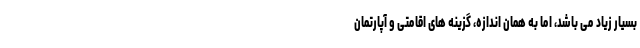
بسیار زیاد می باشد، اما به همان اندازه، گزینه های اقامتی و آپارتمان